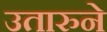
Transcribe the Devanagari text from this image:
उतारुने